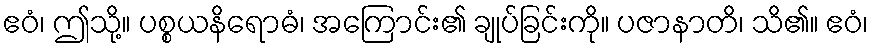
ဧဝံ၊ ဤသို့။ ပစ္စယနိရောဓံ၊ အကြောင်း၏ ချုပ်ခြင်းကို။ ပဇာနာတိ၊ သိ၏။ ဧဝံ၊